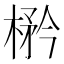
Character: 𱣼